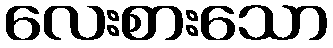
လေးစားသော